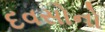
દવસોનો